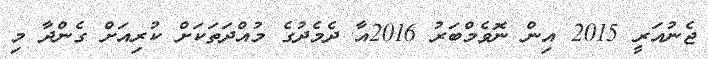
ޖެނުއަރީ 2015 އިން ނޮވެމްބަރު 2016އާ ދެމެދުގެ މުއްދަތަކަށް ކުރިއަށް ގެންދާ މި